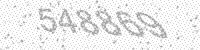
Solution: 548869